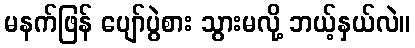
မနက်ဖြန် ပျော်ပွဲစား သွားမလို့ ဘယ့်နှယ်လဲ။